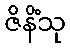
ဇိနိံသု